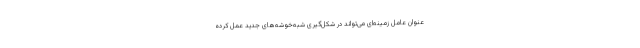
عنوان عامل زمینه‌ای می‌تواند در شکل‌گیری شبه‌خوشه‌های جدید عمل کرده